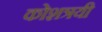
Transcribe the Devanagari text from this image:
कोशत्रयी